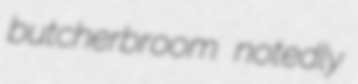
butcherbroom notedly